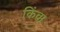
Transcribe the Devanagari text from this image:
किंवा